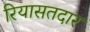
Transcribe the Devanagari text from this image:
रियासतदार